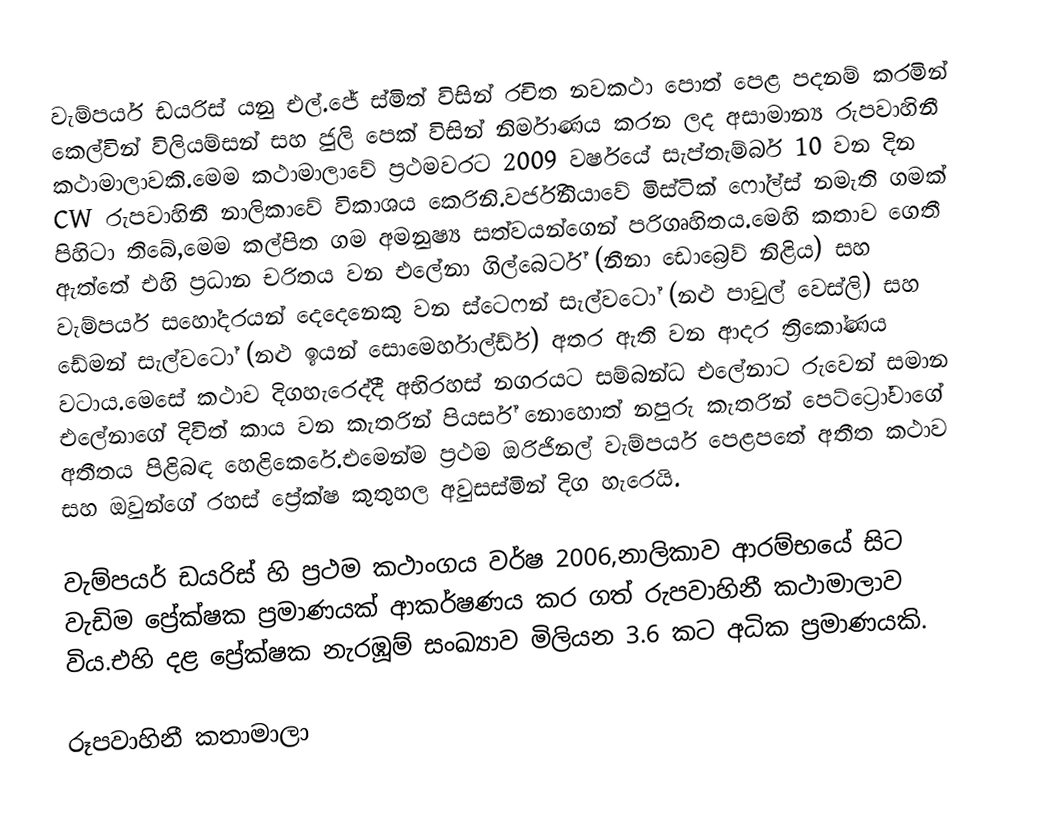
වැම්පයර් ඩයරිස් යනු එල්.ජේ ස්මිත් විසින් රචිත නවකථා පොත් පෙළ පදනම් කරමින් කෙල්වින් විලියම්සන් සහ ජුලි පෙක් විසින් නිර්මාණය කරන ලද අසාමාන්‍ය රුපවාහිනී කථාමාලාවකි.මෙම කථාමාලාවේ ප්‍රථමවරට 2009 වර්ෂයේ සැප්තැම්බර් 10 වන දින CW රුපවාහිනී නාලිකාවේ විකාශය කෙරිනි.වර්ජිනියාවේ මිස්ටික් ෆෝල්ස් නමැති ගමක් පිහිටා තිබේ,මෙම කල්පිත ගම අමනුෂ්‍ය සත්වයන්ගෙන් පරිගෘහිතය.මෙහි කතාව ගෙතී ඇත්තේ එහි ප්‍රධාන චරිතය වන එලේනා ගිල්බෙර්ට් (නීනා ඩොබ්‍රෙව් නිළිය) සහ වැම්පයර් සහෝදරයන් දෙදෙනෙකු වන ස්ටෙෆන් සැල්වටෝ (නළු පාවුල් වෙස්ලි) සහ ඩේමන් සැල්වටෝ (නළු ඉයන් සොමෙර්හාල්ඩ්ර්) අතර ඇති වන ආදර ත්‍රිකෝණය වටාය.මෙසේ කථාව දිගහැරෙද්දී අභිරහස් නගරයට සම්බන්ධ එලේනාට රුවෙන් සමාන එලේනාගේ දිවිත් කාය වන කැතරින් පියර්ස් නොහොත් නපුරු කැතරින් පෙට්ට්‍රෝවාගේ අතීතය පිළිබඳ හෙළිකෙරේ.එමෙන්ම ප්‍රථම ඔරිජිනල් වැම්පයර් පෙළපතේ අතීත කථාව සහ ඔවුන්ගේ රහස් ප්‍රේක්ෂ කුතුහල අවුසස්මින් දිග හැරෙයි.

වැම්පයර් ඩයරිස් හි ප්‍රථම කථාංගය වර්ෂ 2006,නාලිකාව ආරම්භයේ සිට වැඩිම ප්‍රේක්ෂක ප්‍රමාණයක් ආකර්ෂණය කර ගත් රුපවාහිනී කථාමාලාව විය.එහි දළ ප්‍රේක්ෂක නැරඹූම් සංඛ්‍යාව මිලියන 3.6 කට අධික ප්‍රමාණයකි.

රූපවාහිනී කතාමාලා